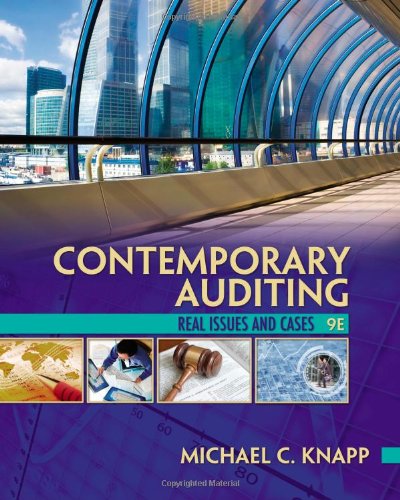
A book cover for Contemporary Auditing; Michael C. Knapp; Business & Money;